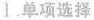
Ⅰ,单项选择